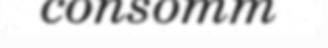
consomm